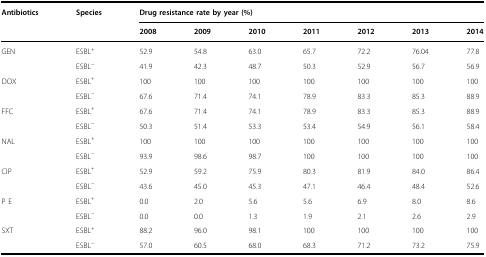
| Antibiotics | Species | <COLSPAN=7> Drug resistance rate by year (%) |
 |  |  | 2008 | 2009 | 2010 | 2011 | 2012 | 2013 | 2014 |
 | --- | --- | --- | --- | --- | --- | --- | --- | --- |
 | GEN | ESBL+ | 52.9 | 54.8 | 63.0 | 65.7 | 72.2 | 76.04 | 77.8 |
 |  | ESBL− | 41.9 | 42.3 | 48.7 | 50.3 | 52.9 | 56.7 | 56.9 |
 | DOX | ESBL+ | 100 | 100 | 100 | 100 | 100 | 100 | 100 |
 |  | ESBL− | 67.6 | 71.4 | 74.1 | 78.9 | 83.3 | 85.3 | 88.9 |
 | FFC | ESBL+ | 67.6 | 71.4 | 74.1 | 78.9 | 83.3 | 85.3 | 88.9 |
 |  | ESBL− | 50.3 | 51.4 | 53.3 | 53.4 | 54.9 | 56.1 | 58.4 |
 | NAL | ESBL+ | 100 | 100 | 100 | 100 | 100 | 100 | 100 |
 |  | ESBL− | 93.9 | 98.6 | 98.7 | 100 | 100 | 100 | 100 |
 | CIP | ESBL+ | 52.9 | 59.2 | 75.9 | 80.3 | 81.9 | 84.0 | 86.4 |
 |  | ESBL− | 43.6 | 45.0 | 45.3 | 47.1 | 46.4 | 48.4 | 52.6 |
 | P E | ESBL+ | 0.0 | 2.0 | 5.6 | 5.6 | 6.9 | 8.0 | 8.6 |
 |  | ESBL− | 0.0 | 0.0 | 1.3 | 1.9 | 2.1 | 2.6 | 2.9 |
 | SXT | ESBL+ | 88.2 | 96.0 | 98.1 | 100 | 100 | 100 | 100 |
 |  | ESBL− | 57.0 | 60.5 | 68.0 | 68.3 | 71.2 | 73.2 | 75.9 |